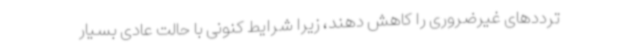
ترددهای غیرضروری را کاهش دهند، زیرا شرایط کنونی با حالت عادی بسیار